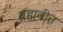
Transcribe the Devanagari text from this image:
ब्रह्मवीत